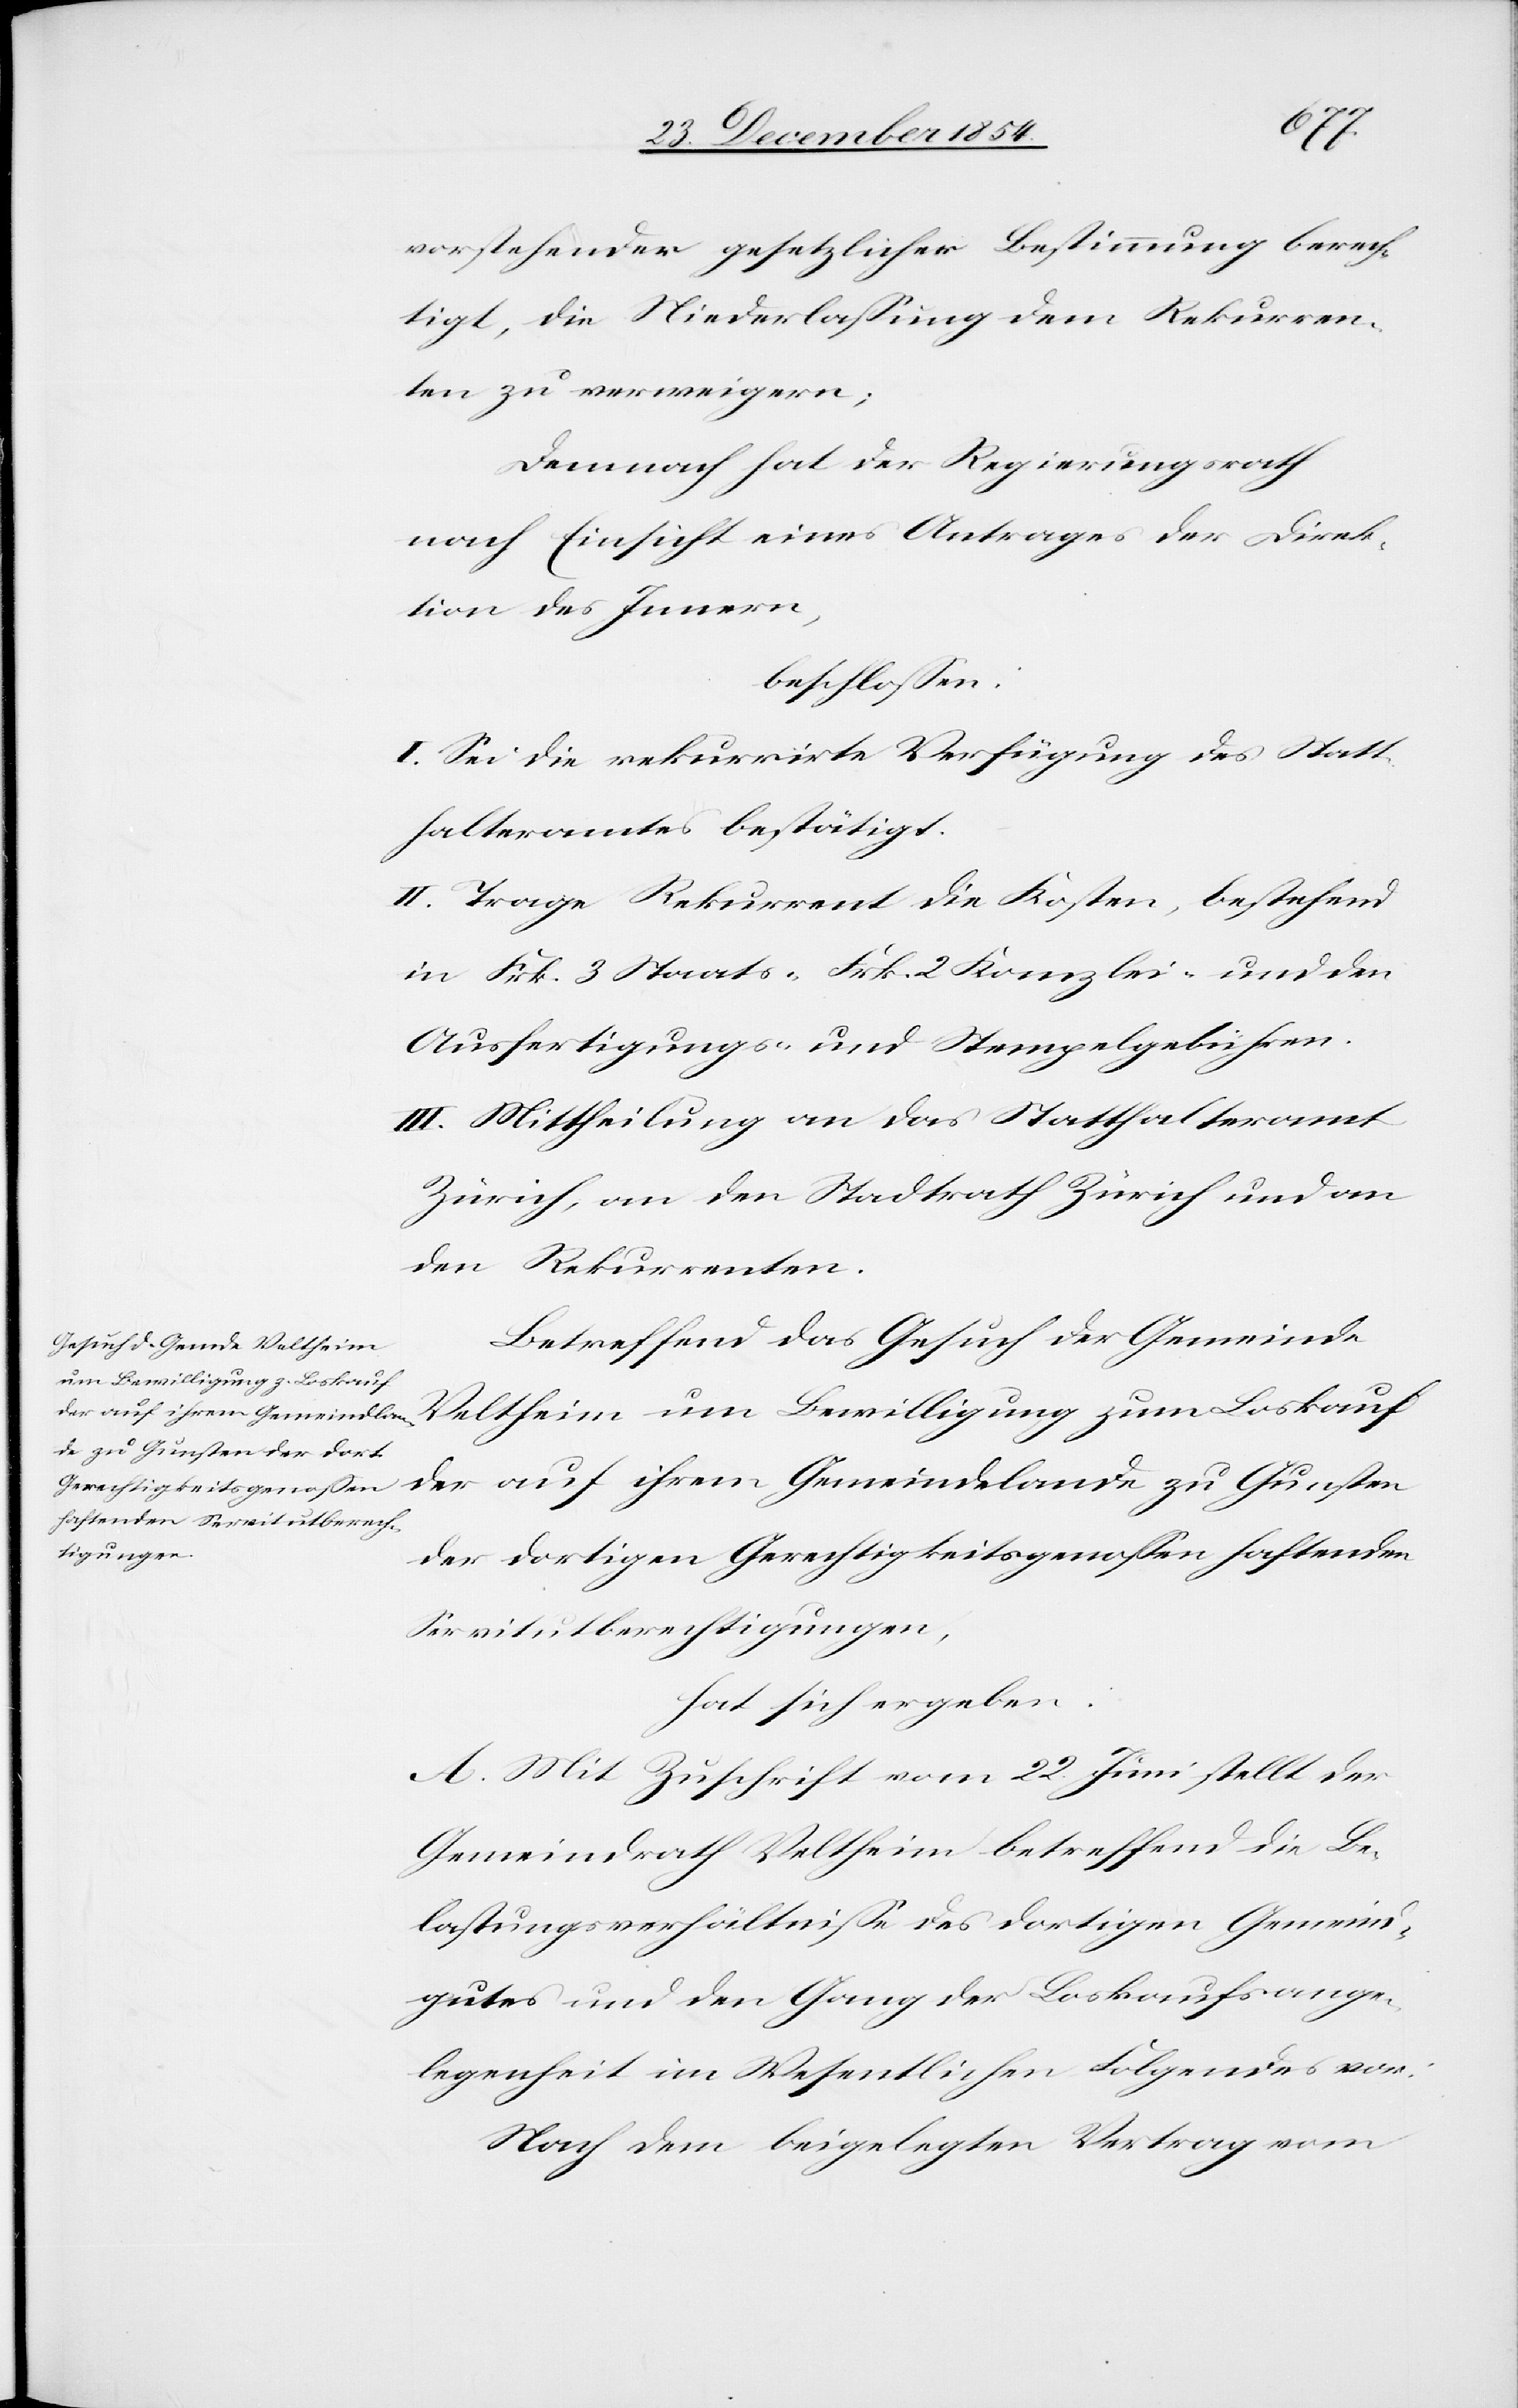
vorstehender gesetzlicher Bestimmung berech¬
tigt, die Niederlaßung dem Rekurren¬
ten zu verweigern;
Demnach hat der Regierungsrath
nach Einsicht eines Antrages der Direk¬
tion des Innern,
beschloßen:
I. Sei die rekurrirte Verfügung des Statt¬
halteramtes bestätigt.
II. Trage Rekurrent die Kosten, bestehend
in Frk. 3 Staats-[,] Frk. 2 Kanzlei- und den
Ausfertigungs- und Stempelgebühren.
III. Mittheilung an das Statthalteramt
Zürich, an den Stadtrath Zürich und an
den Rekurrenten.
Betreffend das Gesuch der Gemeinde
Veltheim um Bewilligung zum Loskauf
der auf ihrem Gemeindelande zu Gunsten
der dortigen Gerechtigkeitsgenoßen haftenden
Servitutberechtigungen,
hat sich ergeben:
A. Mit Zuschrift vom 22. Juni stellt der
Gemeindrath Veltheim betreffend die Be¬
lastungsverhältniße des dortigen Gemeind¬
gutes und den Gang der Loskaufsange¬
legenheit im Wesentlichen Folgendes vor:
Nach dem beigelegten Vertrag vom